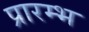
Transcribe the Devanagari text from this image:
प्रारम्भ